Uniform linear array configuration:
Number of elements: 24
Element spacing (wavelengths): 0.5
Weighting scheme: blackman
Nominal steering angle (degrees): -45
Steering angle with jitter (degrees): -45.718
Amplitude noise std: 0.05
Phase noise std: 0.05

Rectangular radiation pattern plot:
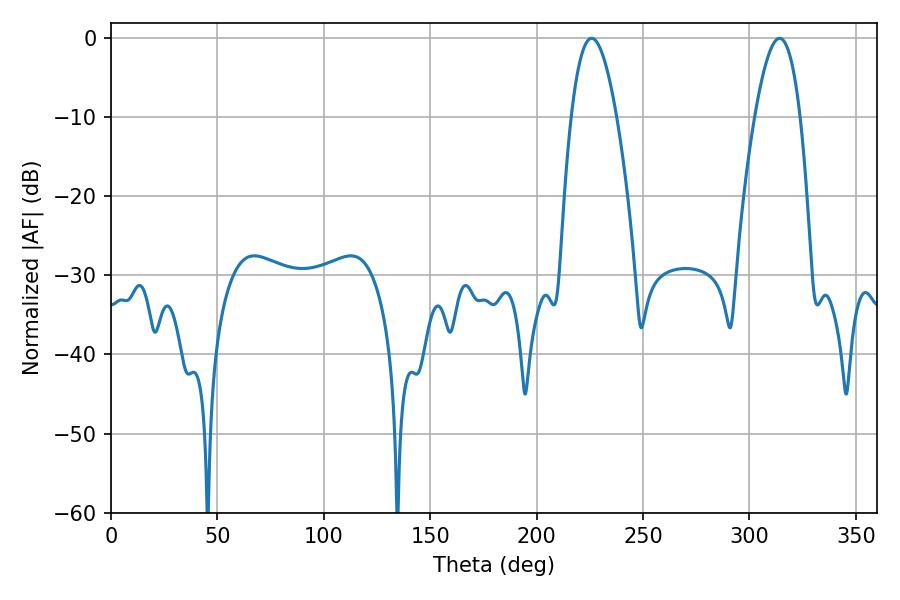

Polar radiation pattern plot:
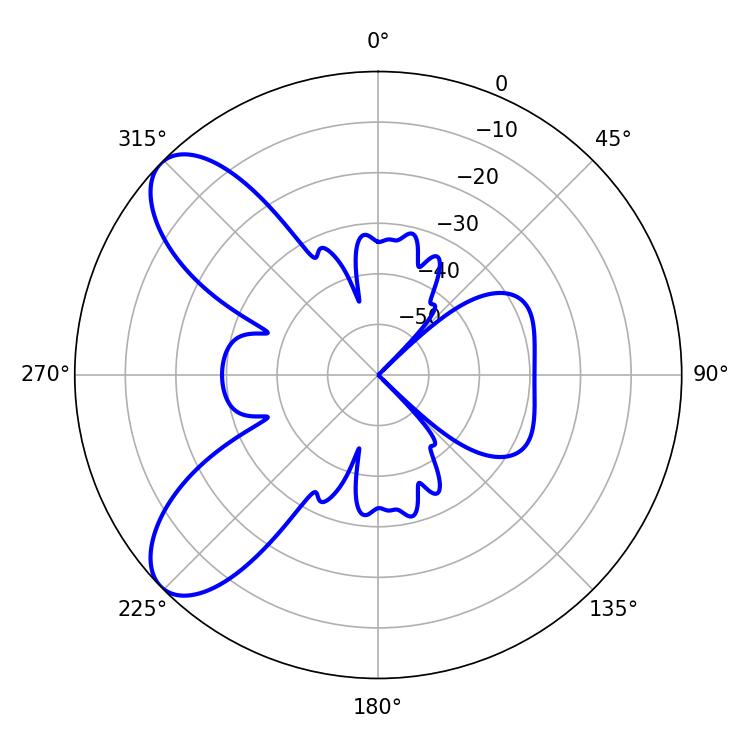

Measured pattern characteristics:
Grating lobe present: FALSE
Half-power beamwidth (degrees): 11.7
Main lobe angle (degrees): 225.9